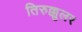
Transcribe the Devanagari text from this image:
तिरुक्कुलर